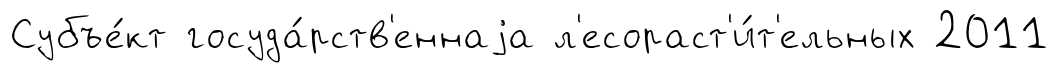
Субъе́кт госуда́рств'еннаjа л'есораст'и́т'ельных 2011